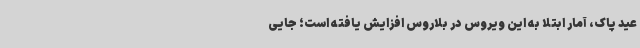
عید پاک، آمار ابتلا به این ویروس در بلاروس افزایش یافته است؛ جایی